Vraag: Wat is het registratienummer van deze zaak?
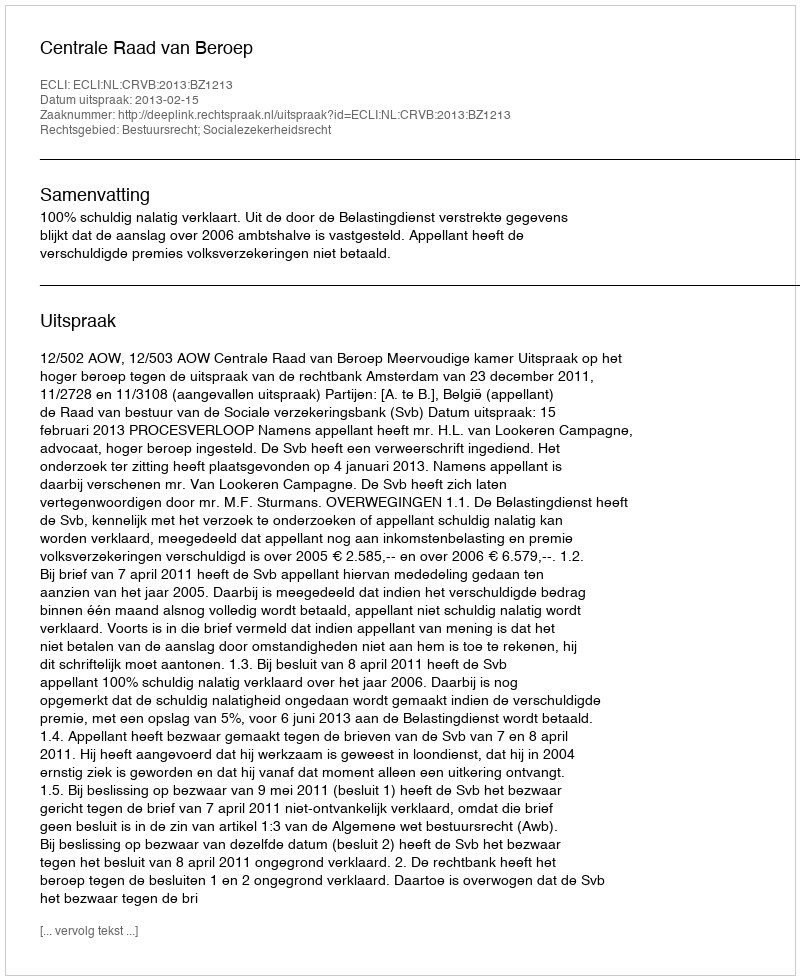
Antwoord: http://deeplink.rechtspraak.nl/uitspraak?id=ECLI:NL:CRVB:2013:BZ1213